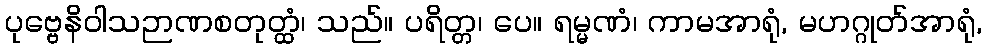
ပုဗ္ဗေနိဝါသဉာဏစတုတ္ထံ၊ သည်။ ပရိတ္တ၊ ပေ။ ရမ္မဏံ၊ ကာမအာရုံ, မဟဂ္ဂုတ်အာရုံ,